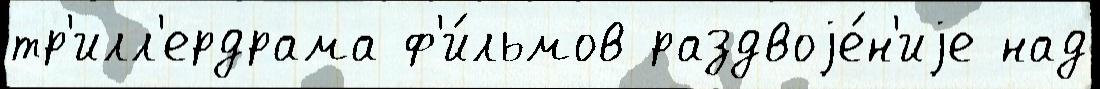
тр'илл'ердрама ф'и́льмов раздвоjе́н'иjе над